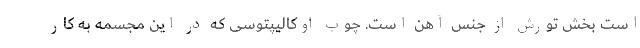
است بخش تورش از جنس آهن است. چوب اوکالیپتوسی که در این مجسمه به کار